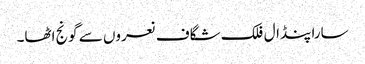
سارا پنڈال فلک شگاف نعروں سے گونج اٹھا۔